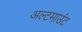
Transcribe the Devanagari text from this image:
अल्टमाउंट